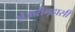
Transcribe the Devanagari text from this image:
शेजारीगृहासी